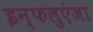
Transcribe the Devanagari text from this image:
इन्फलुएंजा